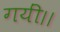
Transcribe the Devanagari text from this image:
गयीं।।